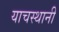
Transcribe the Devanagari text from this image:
याचस्थानी